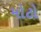
મોટો